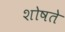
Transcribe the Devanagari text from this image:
शोषते